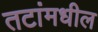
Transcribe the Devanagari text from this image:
तटांमधील